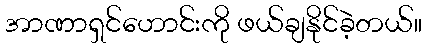
အာဏာရှင်ဟောင်းကို ဖယ်ချနိုင်ခဲ့တယ်။